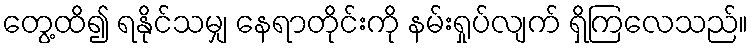
တွေ့ထိ၍ ရနိုင်သမျှ နေရာတိုင်းကို နမ်းရှုပ်လျက် ရှိကြလေသည်။